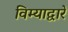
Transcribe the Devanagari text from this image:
विम्याद्वारे